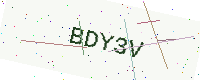
Text: BDY3V